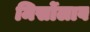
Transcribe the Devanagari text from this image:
मिर्सोलाव